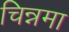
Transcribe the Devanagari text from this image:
चिन्नमा